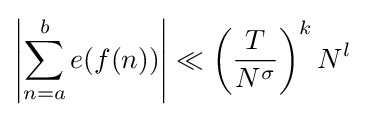
\left\vert {\sum _{n=a}^{b}e(f(n))}\right\vert \ll \left({\frac {T}{N^{\sigma }}}\right)^{k}N^{l}\